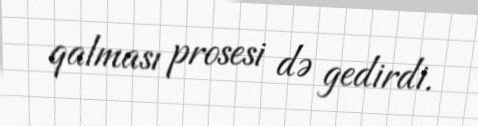
qalması prosesi də gedirdi.